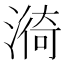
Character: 𭲆